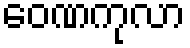
ဝေဏကုလာ